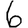
Digit: 6